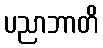
ပညာဘာတိ